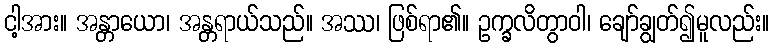
ငါ့အား။ အန္တာယော၊ အန္တရာယ်သည်။ အဿ၊ ဖြစ်ရာ၏။ ဥက္ခလိတွာဝါ၊ ချော်ချွတ်၍မူလည်း။